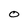
Character: 0